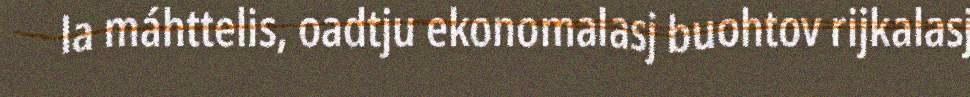
la máhttelis, oadtju ekonomalasj buohtov rijkalasj